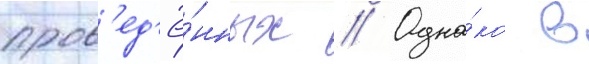
пров'ед'ё́нных // Одна́ко в